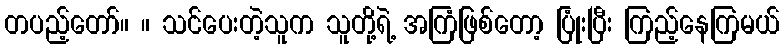
တပည့်တော်။ ။ သင်ပေးတဲ့သူက သူတို့ရဲ့ အကြံဖြစ်တော့ ပြုံးပြီး ကြည့်နေကြမယ်